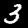
Digit: 3